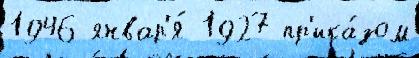
1946 январ'я́ 1927 пр'ика́зом